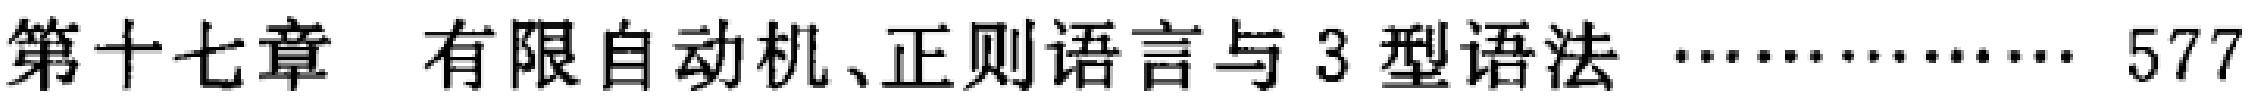
第十七章 有限自动机、正则语言与 3 型语法 \dotfill 577